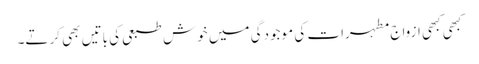
کبھی کبھی ازواج مطہرات کی موجودگی میں خوش طبعی کی باتیں بھی کرتے۔